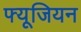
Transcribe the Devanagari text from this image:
फ्यूजियन